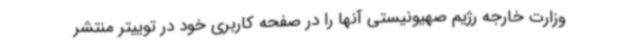
وزارت خارجه رژیم صهیونیستی آنها را در صفحه کاربری خود در توییتر منتشر